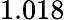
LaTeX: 1.018